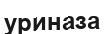
уриназа